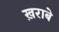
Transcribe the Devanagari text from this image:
ख़राबे